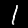
Label: 1